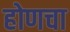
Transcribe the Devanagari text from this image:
होणचा